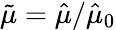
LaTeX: \tilde{\mu}=\hat{\mu}/\hat{\mu}_{0}